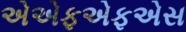
એએફએફએસ